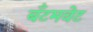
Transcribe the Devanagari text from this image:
बँटमवेट